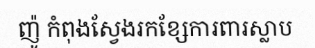
ញ៉ូ កំពុងស្វែងរកខ្សែការពារស្លាប